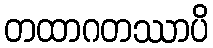
တထာဂတဿာပိ